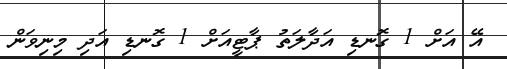
އޭ އަށް 1 ގޮނޑި އަދާލަތު ޕާޓީއަށް 1 ގޮނޑި އަދި މިނިވަން